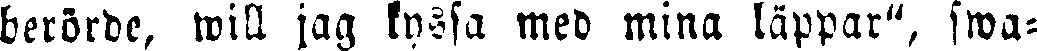
berörde, will jag kyssa med mina läppar", swa-